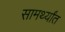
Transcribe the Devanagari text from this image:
सामर्थ्यांत